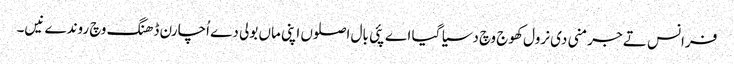
فرانس تے جرمنی دی نرول کھوج وچ دسیا گیا اے پئی بال اصلوں اپنی ماں بولی دے اُچارن ڈھنگ وچ روندے نیں۔